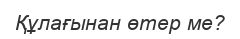
Құлағынан өтер ме?